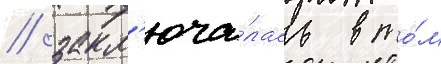
/ закл'юча́лась в то́м